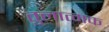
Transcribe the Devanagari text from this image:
तुलात्मक